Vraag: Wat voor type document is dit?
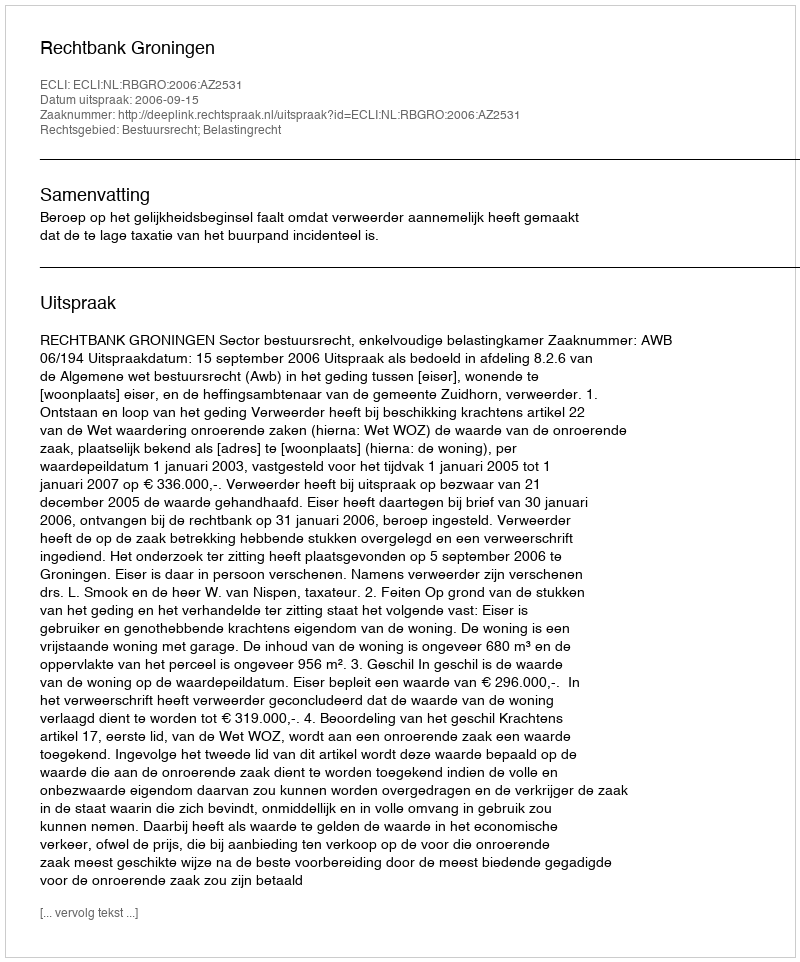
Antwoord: Uitspraak